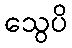
သွေပိ